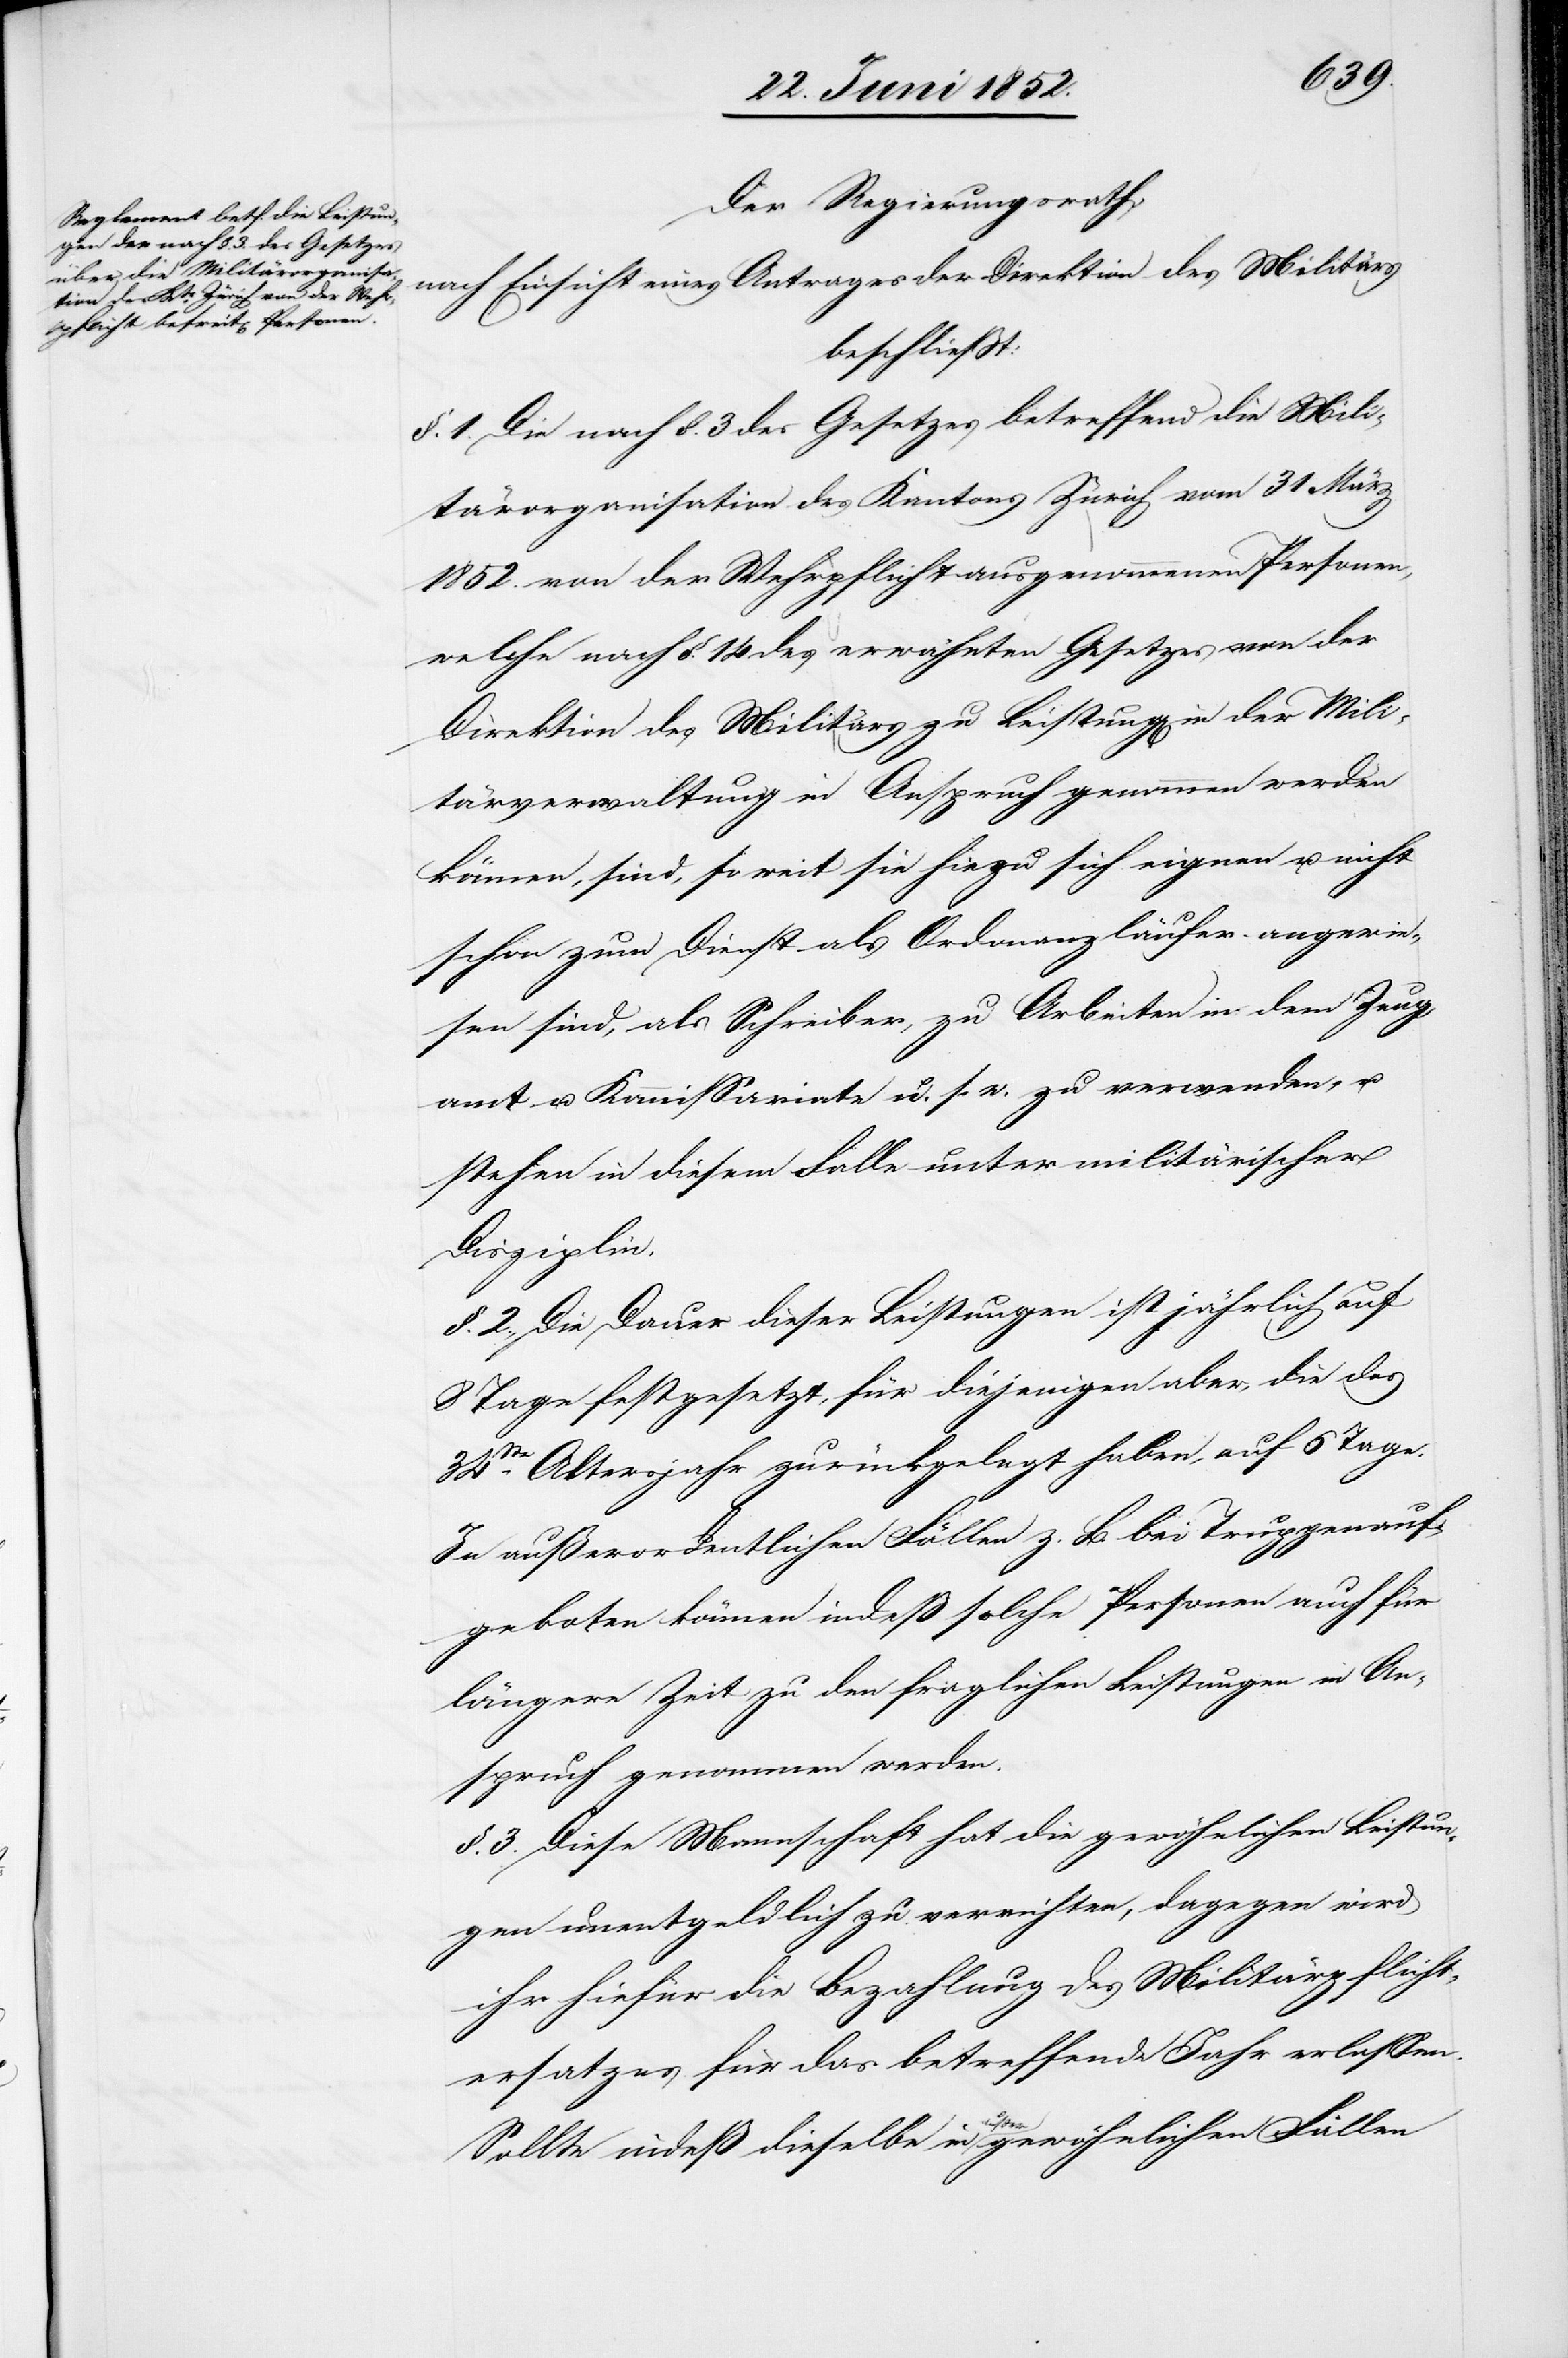
Der Regierungsrath,
nach Einsicht eines Antrages der Direktion des Militärs
beschließt:
§. 1. Die nach §. 3 des Gesetzes betreffend die Mili¬
tärorganisation des Kantons Zürich vom 31 März
1852. von der Wehrpflicht ausgenommenen Personen,
welche nach §. 14 des erwähnten Gesetzes von der
Direktion des Militärs zu Leistung[en] in der Mili¬
tärverwaltung in Anspruch genommen werden
können, sind, so weit sie hiezu sich eignen u. nicht
schon zum Dienst als Ordonanzläufer angewie¬
sen sind, als Schreiber, zu Arbeiten in dem Zeug¬
amt u. Kommissariate u. s. w. zu verwenden, u.
stehen in diesem Falle unter militärischer
Disziplin.
§. 2., Die Dauer dieser Leistungen ist jährlich auf
8 Tage festgesetzt, für diejenigen aber, die das
34ste. Altersjahr zurückgelegt haben, auf 6 Tage.
In außerordentlichen Fällen z. B. bei Truppenauf¬
geboten können indeß solche Personen auch für
längere Zeit zu den fraglichen Leistungen in An¬
spruch genommen werden.
§. 3. Diese Mannschaft hat die gewöhnlichen Leistun¬
gen unentgeldlich zu verrichten, dagegen wird
ihr hiefür die Bezahlung des Militärpflicht¬
ersatzes für das betreffende Jahr erlassen.
Sollte indeß dieselbe in aussergewöhnlichen Fällen